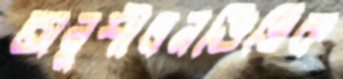
অনুশীলনভিত্তিক